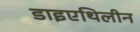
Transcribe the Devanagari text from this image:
डाइएथिलीन